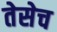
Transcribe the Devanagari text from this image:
तेसेच